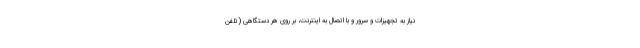
نیاز به تجهیزات و سرور و با اتصال به اینترنت، بر روی هر دستگاهی (تلفن